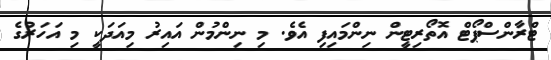
ޓްރާންސްޕޯޓް އޮތޯރިޓީން ނިންމައިފި އެވެ. މި ނިންމުން އައިރު މިއަދަކީ މި އަހަރުގެ